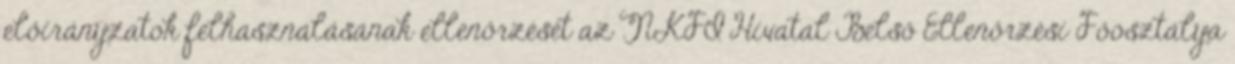
előirányzatok felhasználásának ellenőrzését az NKFI Hivatal Belső Ellenőrzési Főosztálya